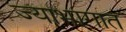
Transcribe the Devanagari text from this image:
ज्याभागात